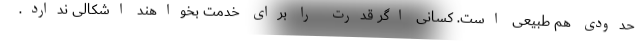
حدودی هم طبیعی است. کسانی اگر قدرت را برای خدمت بخواهند اشکالی ندارد.